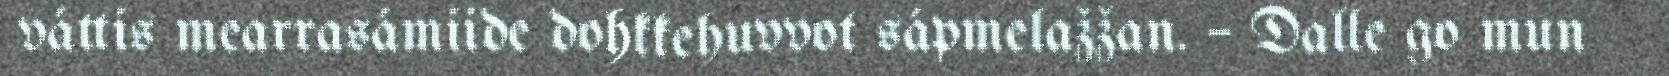
váttis mearrasámiide dohkkehuvvot sápmelažžan. – Dalle go mun